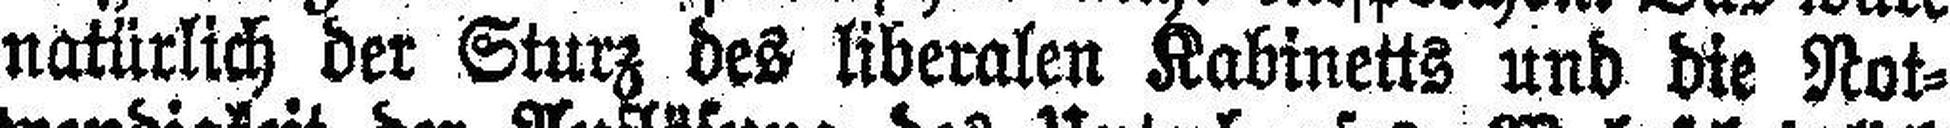
natürlich der Sturz des liberalen Kabinetts und die Not¬